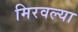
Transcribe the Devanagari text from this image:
मिरवल्या